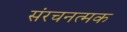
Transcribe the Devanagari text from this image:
संरचनत्मक